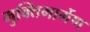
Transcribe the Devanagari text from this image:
मुक्तिमार्गेण